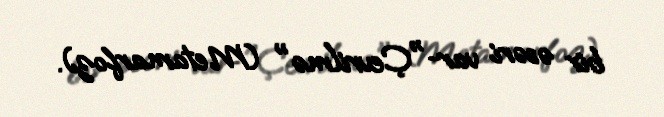
bir əsəri var-"Çevrilmə" (Metamarfoz).